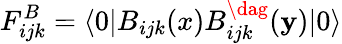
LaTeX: F_{ijk}^{B}=\langle0|B_{ijk}(x)B_{ijk}^{\dag}(\mathbf{y})|0\rangle